Memorandum on the prevention of leprosy by segregation of the affected
Disease focus: Leprosy
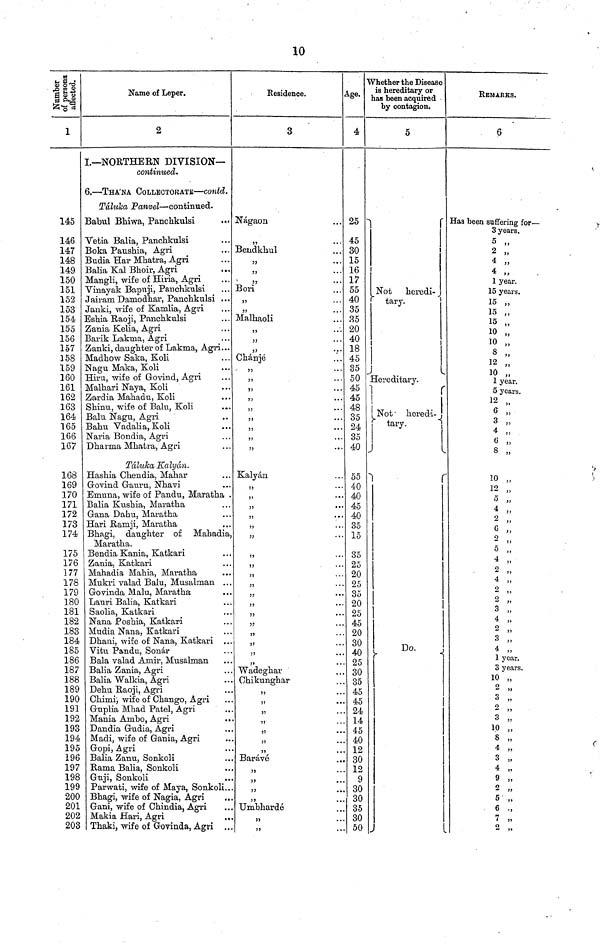
10
Number of person
145
146
147
148
149
150
151
152
153
154
155
156
157
158
159
160
161
162
163
164
165
166
167
168
169
170
171
172
173
174
175
176
177
178
179
180
181
182
183
184
185
186
187
188
189
190
191
192
193
194
195
196
197
198
199
200
201
202
203
Name of Leper.
2
I.— NORTHERN DIVISION—
continued.
6. — THA'NA COLLECTORATE — contd.
Táluka Panvel — continued.
Babul Bhiwa, Panchkulsi
Vetia Balia, Panchkulsi
Boka Paushia, Agri
Budia Har Mhatra, Agri
Balia Kal Bhoir, Agri
Mangli, wife of Hiria, Agri
Vinayak Bapuji, Panchkulsi
Jairam Damodhar, Panchkulsi ...
Janki, wife of Kamlia, Agri
Eshia Raoji, Panchkulsi
Zania Kelia, Agri
Barik Lakina, Agri
Zanki, daughter of Lakma, Agri...
Madhow Saka, Koli
Nagu Maka, Koli
Hiru, wife of Govind, Agri
Malhari Naya, Koli
Zardia Mahadu, Koli
Shinu, wife of Balu, Koli
Balu Nagu, Agri
Bahu Vadalia, Koli
Naria Bondia, Agri
Dharma Mhatra, Agri
Táluka Kalyán.
Hashia Chendia, Mahar
Govind Gauru, Nhavi
Emuna, wife of Pandu, Maratha .
Balia Kushia, Maratha
Gana Dahu, Maratha
Hari Ramji, Maratha
Bhagi, daughter of Mabadia,
Maratha.
Bendia Kania, Katkari
Zania, Katkari
Mahadia Mahia, Maratha
Mukri valad Balu, Musalman ...
Govinda Malu, Maratha
Lauri Balia, Katkari
Saolia, Katkari
Nana Poshia, Katkari
Mudia Nana, Katkari
Dhani, wife of Nana, Katkari
Vitu Pandu, Sonar
Bala valad Amir, Musalman
Balia Zania, Agri
Balia Walkia, Agri
Dehu Raoji, Agri
Chimij wife of Chango, Agri
Guplia Mhad Patel, Agri
Mania Ambo, Agri
..
Dandia Gudia, Agri
Madi, wife of Gania, Agri
Gopi, Agri
Balia Zanu, Sonkoli
Rama Balia, Sonkoli
Guji, Sonkoli
Parwati, wife of Maya, Sonkoli...
Bhagi, wife of Nagia, Agri
Gani, wife of Chindia, Agri
Makia Hari, Agri
...
Thaki, wife of Govinda, Agri ...
Residence.
3
Nágaon
35
Bendkhul
53
11
"
Bori
"
55
Malhaoli
55
"
55
Chánjá
5
5
5
...
)
...
5
5
"
"
Kalyán
35
..
5
....
,
...
...
15
55
55
55
35
53
53
55
33
13
35
33
.. .
Wadeghar
Chikunghar
Barávé
"
"
33
35
.
Umbhardé
"
33
...
Age.
4
25
45
30
15
16
17
55
40
35
35
20
40
18
45
35
50
45
45
48
35
24
35
40
55
40
40
45
40
35
15
35
25
20
25
35
20
25
45
20
30
40
25
30
35
45
45
24
14
45
40
12
30
12
9
30
30
35
30
50
Whether the Disease
is hereditary or
has been acquired
by contagion.
5
Not
heredi-
tary.
Hereditary.
Not-
heredi-
tary.
Do.
REMARKS.
6
Has been suffering for —
3 years.
2 "
4 „
4 "
1 year.
15 years,
15"
10 "
15
15
10 8 "
12"
12"
1 A
1 year.
5 years.
12
12
"
6 "
3 "
33
8
10
10
33
4
"
33
9
"
5
"
5
4"
2
4
2 "
2 „
3 „
4 „
2 "
3 „
4 „
1 year.
3 years.
10 „
2 „
3 „
2
3 "
10 „
8
4 „
3 „
4 „
9 „
2 „
5 „
6 .,
7 „
2
"